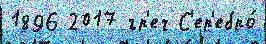
1896 2017 гр'еч С'ер'ебро́